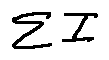
\sum I